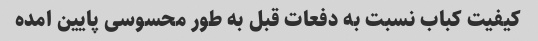
کیفیت کباب نسبت به دفعات قبل به طور محسوسی پایین امده